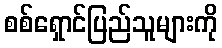
စစ်ရှောင်ပြည်သူများကို